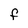
Character: f